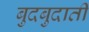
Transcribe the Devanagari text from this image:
बुदबुदाती